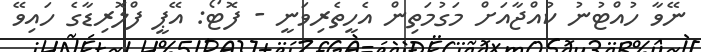
ނޭވާ ހުއްޓުނު ކުއްޖާއަށް މަގުމަތިން އެހީތެރިވަނީ - ފޮޓޯ: އޭޕީ ފްލޮރިޑާގެ ހައިވޭ